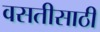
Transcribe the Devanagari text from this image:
वसतीसाठी